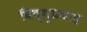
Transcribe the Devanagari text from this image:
विद्युप्रवाह